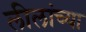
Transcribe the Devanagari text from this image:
लीलांच्या